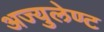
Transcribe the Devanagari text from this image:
अज्युलेण्ट